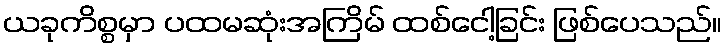
ယခုကိစ္စမှာ ပထမဆုံးအကြိမ် ထစ်ငေါ့ခြင်း ဖြစ်ပေသည်။